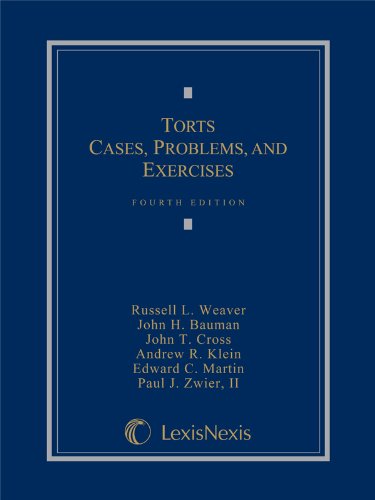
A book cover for Torts: Cases, Problems, and Exercises (2013); Russell L. Weaver; Law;